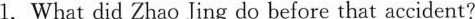
1.What did Zhao Jing do before that accident?